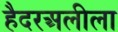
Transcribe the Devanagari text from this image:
हैदरअलीला